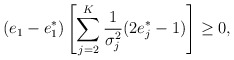
\begin{align*}(e_1-e_1^*)\left[\sum\limits_{j=2}^K\frac{1}{\sigma_j^2}(2e_j^*-1)\right]\geq0,\end{align*}